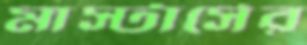
মাস্টার্সের